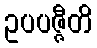
ဥပပဇ္ဇီတိ